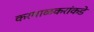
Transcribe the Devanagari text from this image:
करमाळकरांकडे